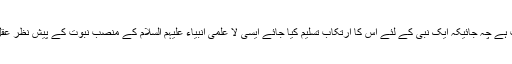
یہ بے حیائی عام آدمی کے لئے بھی سخت ذلت و رسوائی کا موجب ہے چہ جائیکہ ایک نبی کے لئے اس کا ارتکاب تسلیم کیا جائے ایسی لا علمی انبیاء علیہم السلام کے منصب نبوت کے پیش نظر عقل سلیم ایک آن کے لئے بھی ان کے حق میں ممکن تسلیم نہیں کرتی۔